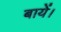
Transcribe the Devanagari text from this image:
बायें।